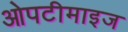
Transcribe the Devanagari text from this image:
ओपटीमाइज